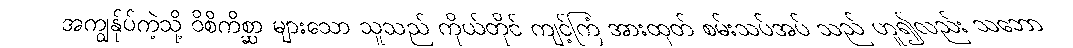
အကျွန်ုပ်ကဲ့သို့ ဝိစိကိစ္ဆာ များသော သူသည် ကိုယ်တိုင် ကျင့်ကြံ အားထုတ် စမ်းသပ်အပ် သည် ဟူ၍လည်း သဘော